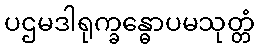
ပဌမဒါရုက္ခန္ဓောပမသုတ္တံ